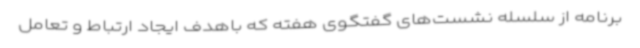
برنامه از سلسله نشست‌های گفتگوی هفته که باهدف ایجاد ارتباط و تعامل